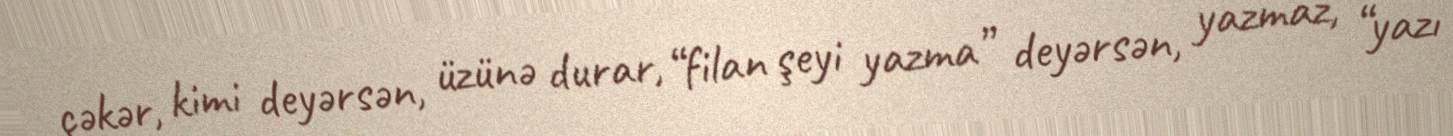
çəkər, kimi deyərsən, üzünə durar, “filan şeyi yazma” deyərsən, yazmaz, “yazı